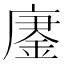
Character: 𫸀